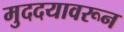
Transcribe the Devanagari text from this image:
मुददयावरून